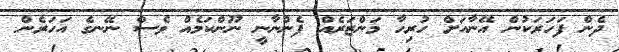
ދެން ފަހަރަކުން އޭނާއަށް ހުރިހާ މަންޒަރެއް ފެންނާނީ ނޫންކަމެއް ވެސް ނޭނގެ އަހަރެން